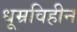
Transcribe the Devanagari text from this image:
धूम्रविहीन